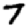
Digit: 7